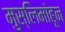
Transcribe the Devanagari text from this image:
मुस्लिमांहून